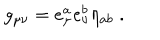
g _ { \mu \nu } = e _ { \mu } ^ { a } e _ { \nu } ^ { b } \eta _ { a b } \; .